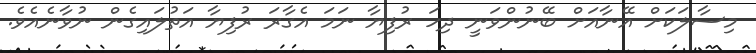
މިސާލަކަށް އޭނާއަށް ބޭނުންވަނީ ދިހަ ރުފިޔާ ނަމަ އެގާރަ ރުފިޔާ އަތުލައިގެން ނުވާނެއެވެ.